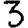
Digit: 3